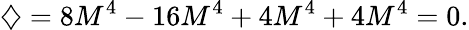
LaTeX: \diamondsuit=8M^{4}-16M^{4}+4M^{4}+4M^{4}=0.